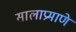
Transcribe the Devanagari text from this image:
सालाप्रमाणे